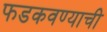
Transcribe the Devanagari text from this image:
फडकवण्याची